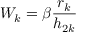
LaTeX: W _ { k } = \beta \frac { r _ { k } } { h _ { 2 k } }